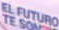
EL FUTURO